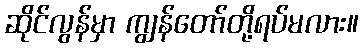
ဆိုင်လွန်မှာ ကျွန်တော်တို့ရပ်မလား။